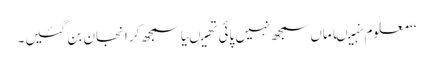
‘‘ معلوم نہیںاماں سمجھ نہیں پائی تھیںیا سمجھ کر انجان بن گئیں۔